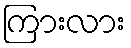
ကြားလား